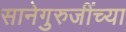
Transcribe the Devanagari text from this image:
सानेगुरुजींच्या